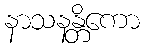
နာသနန္တိကော